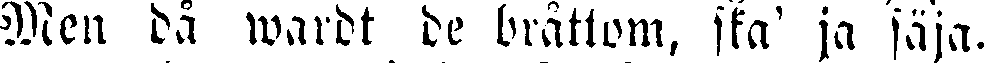
Men då wardt de bråttom, ska' ja säja.